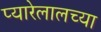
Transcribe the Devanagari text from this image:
प्यारेलालच्या